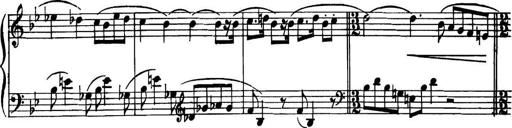
Title: Piano Sonatina in G minor
Composer: John Blackwood McEwen
Key: G minor